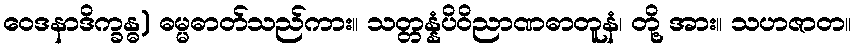
ဝေဒနာဒိက္ခန္ဓ) ဓမ္မဓာတ်သည်ကား။ သတ္တန္နံပိဝိညာဏဓာတူနံ၊ တို့ အား။ သဟဇာတ။